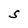
Character: S